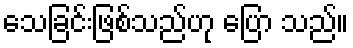
သေခြင်းဖြစ်သည်ဟု ပြော သည်။